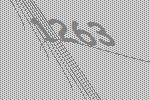
1263